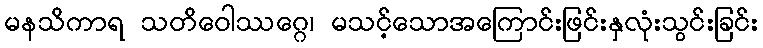
မနသိကာရ သတိဝေါဿဂ္ဂေ၊ မသင့်သောအကြောင်းဖြင်းနှလုံးသွင်းခြင်း